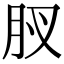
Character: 𮌋